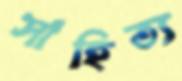
সাহিত্য